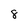
Character: 8